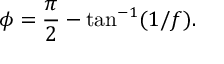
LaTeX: { \cal \phi } = \frac { \pi } { 2 } - \tan ^ { - 1 } ( 1 / f ) .